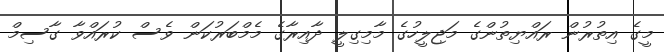
މީގެ އިތުރުން ރައްޔިތުންގެ މަޖިލީހުގެ މާމިގިލީ ދާއިރާގެ މެމްބަރުކަން ވެސް ކުރައްވާ ގާސިމް